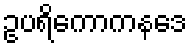
ဥပရိကောကနဒေ